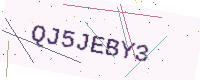
Text: QJ5JEBY3